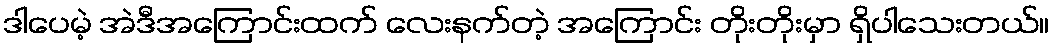
ဒါပေမဲ့ အဲဒီအကြောင်းထက် လေးနက်တဲ့ အကြောင်း တိုးတိုးမှာ ရှိပါသေးတယ်။